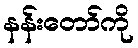
နန်းတော်ကို